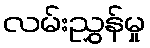
လမ်းညွှန်မှု